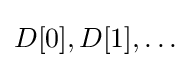
D[0],D[1],\dots